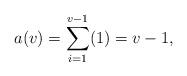
LaTeX: \begin{align*} a(v) = \sum_{i=1}^{v-1}(1) = v-1,\end{align*}